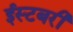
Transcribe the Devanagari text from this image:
ईस्टबरी